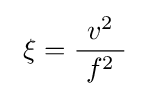
\ \xi ={\frac {~v^{2}\ }{~f^{2}\ }}\